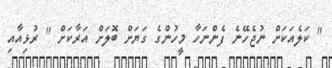
" ކަލެއަކަށް ނުޖެހޭނެ ފެންނަހާ މީހުންގެ ގަޔަށް ބޮލަށް އަރާކަށް " ރުޅިއާއި